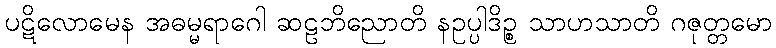
ပဋိလောမေန အဓမ္မရာဂေါ ဆဠဘိညောတိ နဥပ္ပါဒိဉ္စ သာဟသာတိ ဂဇုတ္တမော